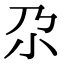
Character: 尕